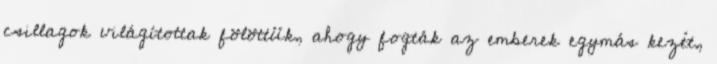
csillagok világítottak fölöttük, ahogy fogták az emberek egymás kezét,